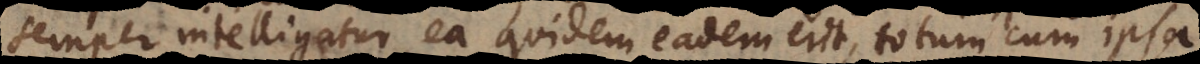
semper intelligatur, ea quidem eadem erit, totum cum ipsa